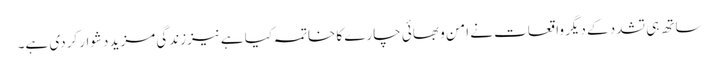
ساتھ ہی تشدد کے دیگر واقعات نے امن و بھائی چارے کا خاتمہ کیا ہے نیززندگی مزید دشوار کردی ہے۔